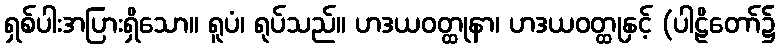
ရှစ်ပါးအပြားရှိသော။ ရူပံ၊ ရုပ်သည်။ ဟဒယဝတ္ထုနာ၊ ဟဒယဝတ္ထုနှင့် (ပါဠိတော်၌